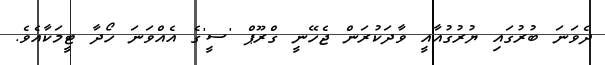
ދެވަނަ ބުރުގައި ޔުރުގުއާއީ ވާދަކުރަން ޖެހޭނީ ގްރޫޕް 'ސީ'ގެ އެއްވަނަ ހޯދާ ޓީމަކާއެވެ.